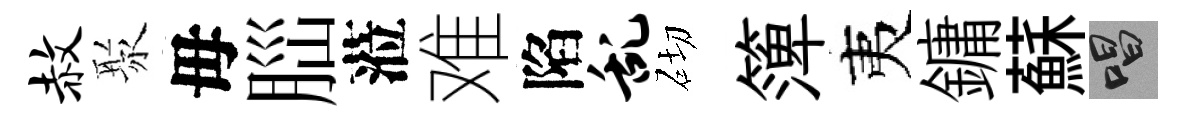
赦聚毋𦛁蒞难陷乱砌𥱼夷鏞蘇唱